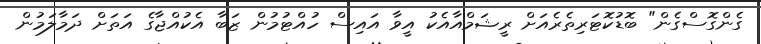
ގެންގޮސްގެން" ބޮޑުކޮޓަރިތެރެއަށް ރީޝަމްއާއެކު އީވާ އައިސް ހުއްޓުމުން ޒަބާ އެކުއްޖާގެ އަތަށް ދަމާލަމުން